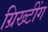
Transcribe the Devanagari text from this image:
ग्रिख्टींग